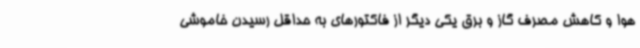
هوا و کاهش مصرف گاز و برق یکی دیگر از فاکتورهای به حداقل رسیدن خاموشی